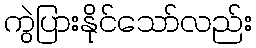
ကွဲပြားနိုင်သော်လည်း